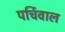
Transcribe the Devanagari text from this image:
पर्चिवाल